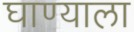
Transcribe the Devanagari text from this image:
घाण्याला